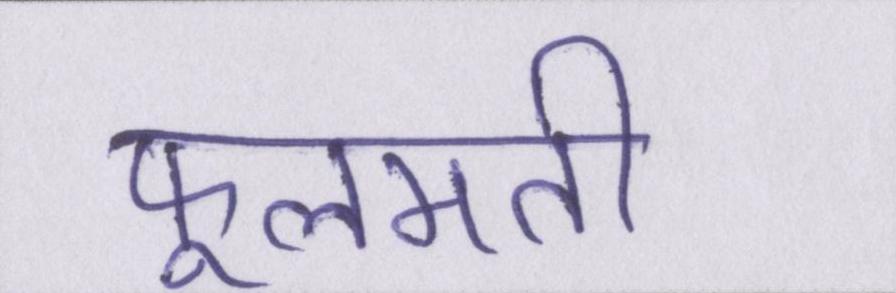
फूलमती